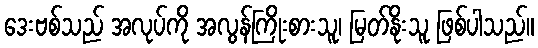
ဒေးဗစ်သည် အလုပ်ကို အလွန်ကြိုးစားသူ၊ မြတ်နိုးသူ ဖြစ်ပါသည်။